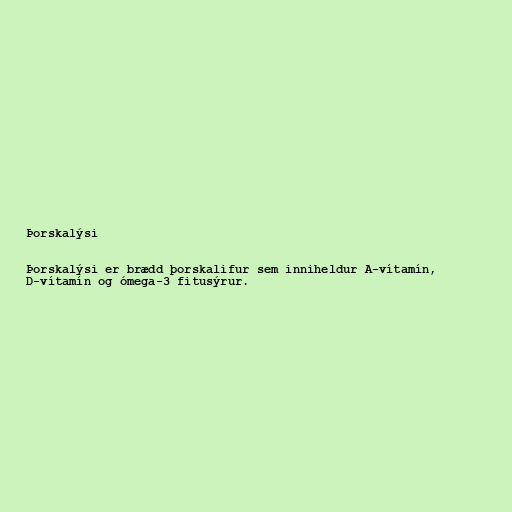
Þorskalýsi

Þorskalýsi er brædd þorskalifur sem inniheldur A-vítamín,
D-vítamín og ómega-3 fitusýrur.